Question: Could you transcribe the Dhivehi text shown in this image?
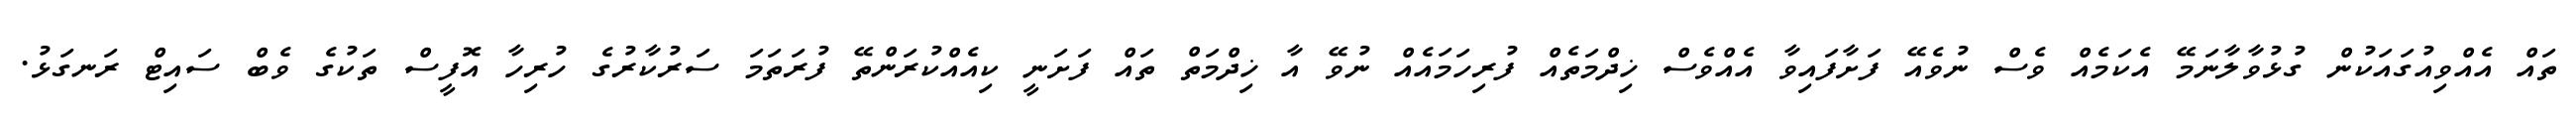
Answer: ތައް އެއްވިއުގައަކުން ގުޅުވާލާނަމޭ އެކަމެއް ވެސް ނުވެއޭ ފަށާފައިވާ އެއްވެސް ޚިދްމަތެއް ފުރިހަމައެއް ނުވޭ އާ ޚިދްމަތް ތައް ފަށަނީ ކިއެއްކުރަންތޭ ފުރަތަމަ ސަރުކާރުގެ ހުރިހާ އޮފީސް ތަކުގެ ވެބް ސައިޓް ރަނގަޅު.